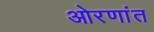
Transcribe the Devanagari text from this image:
ओरणांत